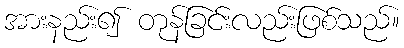
အားနည်း၍ တုန်ခြင်းလည်းဖြစ်သည်။